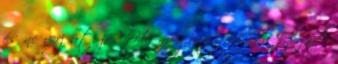
és ne verj át, jó? Ha megunsz inkább tegyél